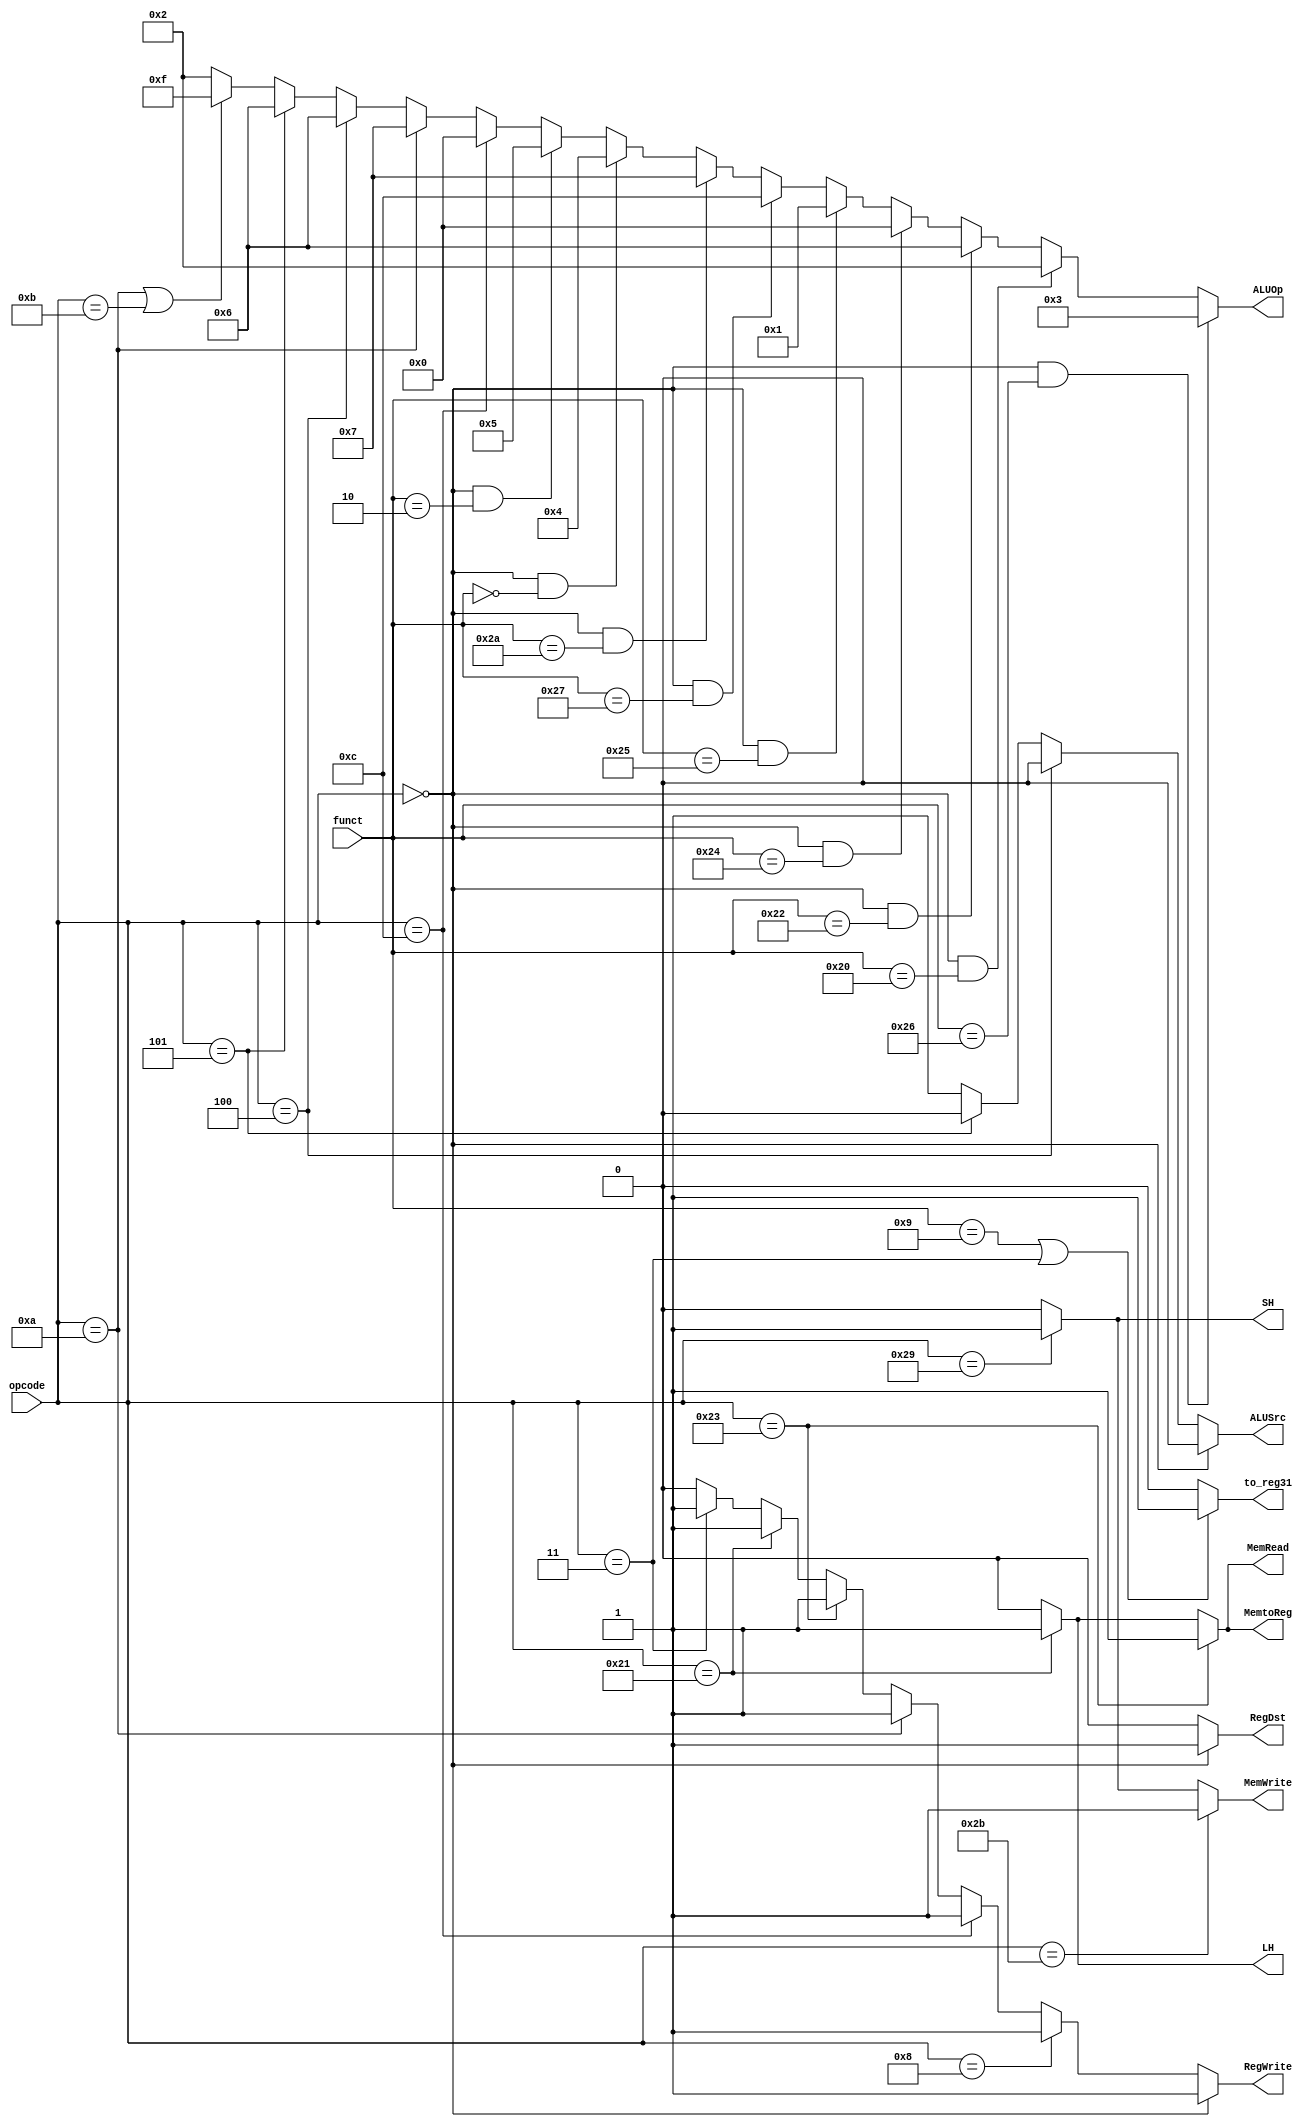
// Controller


module Controller ( opcode,
					funct
					// write your code in here
					,RegWrite,MemWrite
					,ALUOp,ALUSrc
					,MemRead,MemtoReg,RegDst
					,to_reg31
					,SH,LH
					);

	input  [5:0] opcode;
	input  [5:0] funct;


	// write your code in here


	output RegWrite,MemWrite,ALUSrc,MemRead,RegDst,to_reg31,MemtoReg,SH,LH;
	reg RegWrite,MemWrite,ALUSrc,MemRead,RegDst,to_reg31,MemtoReg,SH,LH;
	output [3:0]ALUOp;
	reg	[3:0]ALUOp;
	always@(opcode or funct)begin
	 ALUOp <=(opcode==6'b000000&&funct==6'b100110)?4'b0011://XOR
	(opcode==6'b000000&&funct==6'b100000)?4'b0010://add
	(opcode==6'b000000&&funct==6'b100010)?4'b0110://sub
	(opcode==6'b000000&&funct==6'b100100)?4'b0000://and
	(opcode==6'b000000&&funct==6'b100101)?4'b0001://or
	(opcode==6'b000000&&funct==6'b100111)?4'b1100://nor
	(opcode==6'b000000&&funct==6'b101010)?4'b0111://slt
	(opcode==6'b000000&&funct==6'b000000)?4'b0100://sll
	(opcode==6'b000000&&funct==6'b000010)?4'b0101://srl
	(opcode==6'b001100)?4'b0000://andi
	(opcode==6'b001010)?4'b0111://slti	
	(opcode==6'b000100)?4'b0110://beq
	(opcode==6'b000101)?4'b0110://bne
	(funct==001000||funct==001001||opcode==000010||opcode==000011)?4'b1111://jr jalr jal j
	4'b0010;//lw,sw,lh,sh
	

	RegWrite <= (opcode==6'b000000&&funct!=001000)?1:
		 	  (opcode==6'b001000)?1:
		 	  (opcode==6'b001100)?1:
		 	  (opcode==6'b001010)?1:
		 	  (opcode==6'b100011)?1:
		 	  (opcode==6'b100001)?1:
   			  (opcode==6'b000011)?1:0;
			  

	MemWrite <= (opcode==6'b101011)?1:
		          (opcode==6'b101001)?1:0;
	
	ALUSrc <= (opcode==6'b000000)?0:
			(opcode==6'b000100)?0:
			(opcode==6'b000101)?0:1;

	/*assign Branch = (opcode==6'b000101)?1:
			(opcode==6'b000100)?1:0;*/

	MemRead <= (opcode==6'b100011)?1:
			 (opcode==6'b100001)?1:0;
	

 	MemtoReg <= (opcode==6'b100011)?1:
			  (opcode==6'b100001)?1:0;

	RegDst <= (opcode==6'b000000)?1:0;
	
	to_reg31 <= (funct==6'b001001||opcode==6'b000011)?1:0;
	
	SH <=(opcode==6'b101001)?1:0;

	LH <=(opcode==6'b100001)?1:0;
	
	end
endmodule